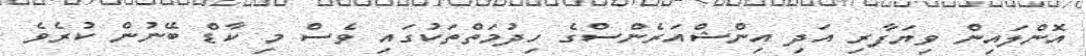
އޮންލައިން ވިޔަފާރި އަދި އިންޝްއަރެންސްގެ ހިދުމަތްތަކުގައި ވެސް މި ކާޑް ބޭނުން ކުރެވެ